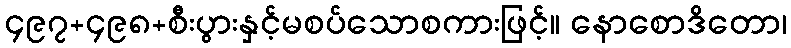
၄၉၇+၄၉၈+စီးပွားနှင့်မစပ်သောစကားဖြင့်။ နောစောဒိတော၊